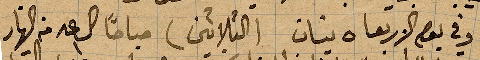
وفي يوم الاربعا ٥ نيسان (الثلاثين) صباحًا الساعة ١ من النهار